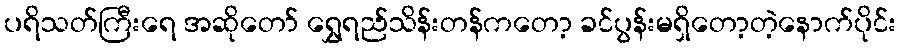
ပရိသတ်ကြီးရေ အဆိုတော် ရွှေရည်သိန်းတန်ကတော့ ခင်ပွန်းမရှိတော့တဲ့နောက်ပိုင်း